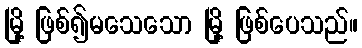
မြို့ ဖြစ်၍မသေသော မြို့ ဖြစ်ပေသည်။